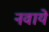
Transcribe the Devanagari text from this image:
नवाये